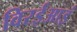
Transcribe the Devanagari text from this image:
विरईआइं